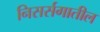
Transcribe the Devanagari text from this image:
निसर्सगातील